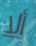
ألا